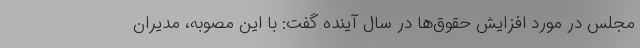
مجلس در مورد افزایش حقوق‌ها در سال آینده گفت: با این مصوبه، مدیران